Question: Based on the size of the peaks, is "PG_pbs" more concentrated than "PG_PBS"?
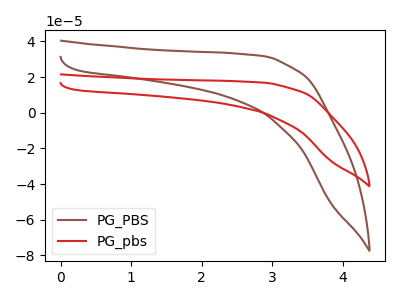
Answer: <think>The brown curve "PG_PBS" has no peaks. The red curve "PG_pbs" has no peaks.
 Neither "PG_PBS" or "PG_pbs" have any peaks.</think>
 <answer>I cant tell if "PG_PBS" or "PG_pbs" has higher concentration.</answer>
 <eval>mixed_concentration</eval>